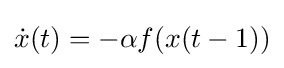
{\dot {x}}(t)=-\alpha f(x(t-1))